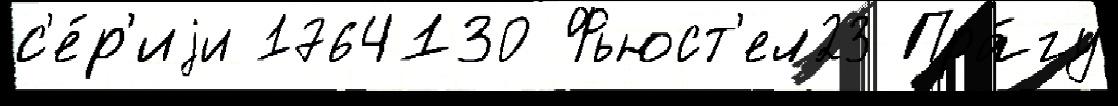
с'е́р'иjи 1764130 Фьюст'ел23 Пра́гу